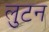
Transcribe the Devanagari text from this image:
लुटन